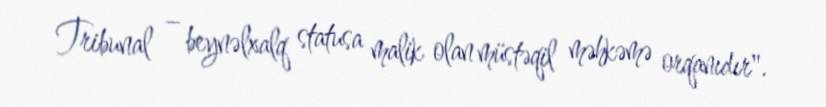
Tribunal – beynəlxalq statusa malik olan müstəqil məhkəmə orqanıdır".